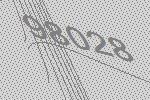
98028